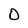
Character: 0